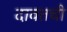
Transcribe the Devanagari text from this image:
दावतची